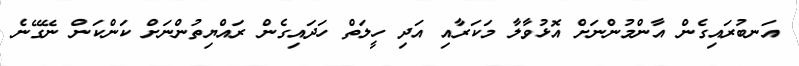
އަނބުރައިގެން އާންމުންނަށް އޮޅުވާލާ މަކަރާއި އަދި ހީލަތް ހަދައިގެން ރައްޔިތުންނަށް ކަންކަން ނޭގޭނެ